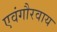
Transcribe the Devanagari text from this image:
एवंगौरवाय